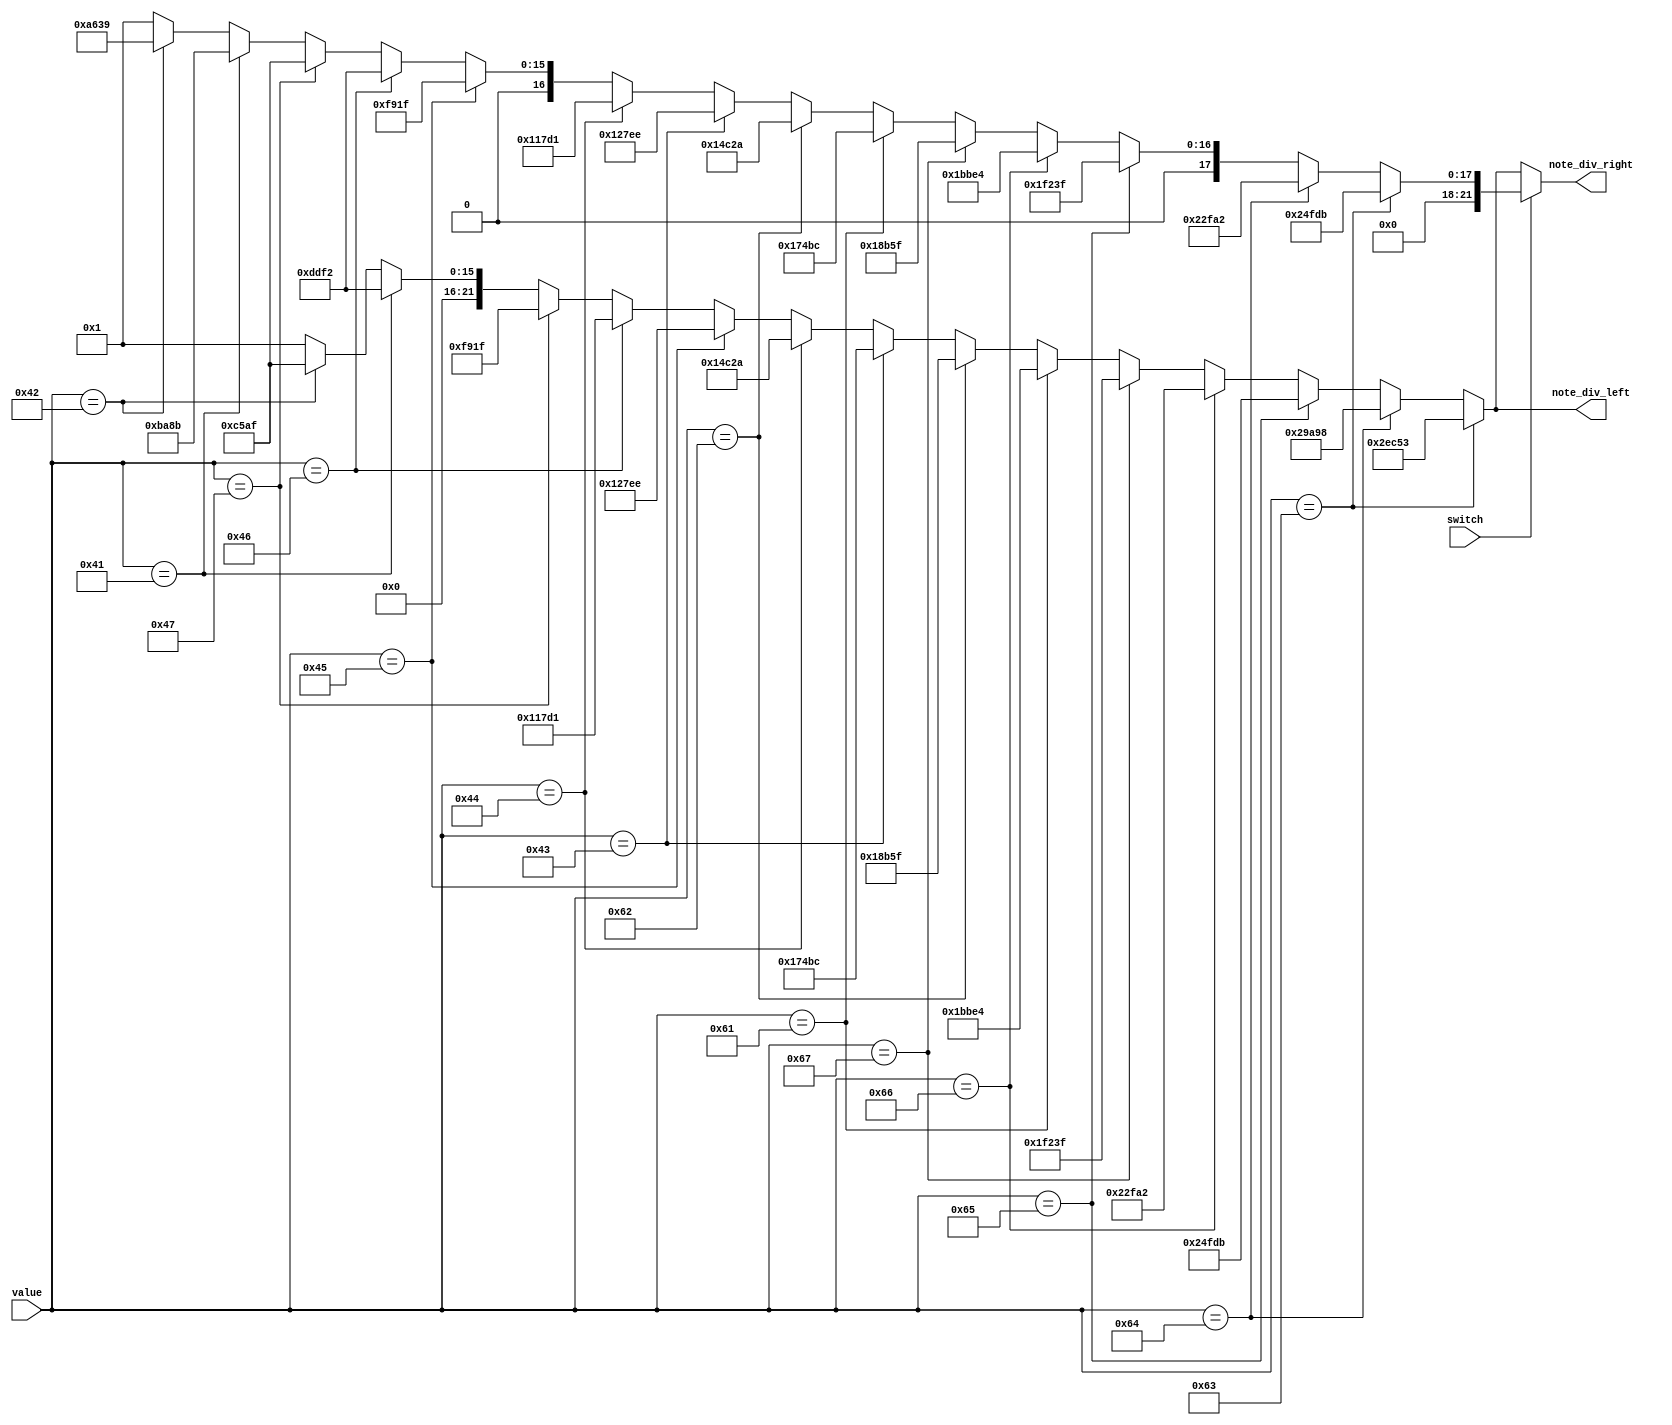
module MUX_for_speaker(
    note_div_right,
    note_div_left,
    switch,
    value
);
output [21:0] note_div_right, note_div_left;
input switch;
input [6:0] value;
reg [21:0] note_div_right, note_div_left;


always @*
    if (switch == 1'b0) begin
        if (value == 7'd99) begin
            note_div_left = 22'd191571;  //Mid Do
            note_div_right = 22'd191571; 
        end
        else if (value == 7'd100) begin
            note_div_left = 22'd170648;  //Mid Re
            note_div_right = 22'd170648;
        end
        else if (value == 7'd101) begin
            note_div_left = 22'd151515;  //Mid Mi
            note_div_right = 22'd151515;
        end
        else if (value == 7'd102) begin
            note_div_left = 22'd143266;  //Mid Fa
            note_div_right = 22'd143266;
        end
        else if (value == 7'd103) begin
            note_div_left = 22'd127551;  //Mid So
            note_div_right = 22'd127551;
        end
        else if (value == 7'd97) begin
            note_div_left = 22'd113636;  //Mid La
            note_div_right = 22'd113636; 
        end
        else if (value == 7'd98) begin
            note_div_left = 22'd101215;  //Mid Si
            note_div_right = 22'd101215;
        end
        else if (value == 7'd67) begin
            note_div_left = 22'd95420;   //High Do
            note_div_right = 22'd95420;
        end
        else if (value == 7'd68) begin
            note_div_left = 22'd85034;   //High Re
            note_div_right = 22'd85034;
        end
        else if (value == 7'd69) begin
            note_div_left = 22'd75758;   //High Mi
            note_div_right = 22'd75758;
        end
        else if (value == 7'd70) begin
            note_div_left = 22'd71633;   //High Fa
            note_div_right = 22'd71633;
        end
        else if (value == 7'd71) begin
            note_div_left = 22'd63775;   //High So
            note_div_right = 22'd63775;
        end
        else if (value == 7'd65) begin
            note_div_left = 22'd56818;   //High La
            note_div_right = 22'd56818;
        end
        else if (value == 7'd66) begin
            note_div_left = 22'd50607;   //High Si
            note_div_right = 22'd50607; 
        end
     else begin
        note_div_left = 22'd1;
        note_div_right = 22'd1;
     end
    end
    else    //switch = 1 is on
    begin
        if (value == 7'd99) begin
            note_div_left = 22'd191571;  //Mid Do
            note_div_right = 22'd151515; 
        end
        else if (value == 7'd100) begin
            note_div_left = 22'd170648;  //Mid Re
            note_div_right = 22'd143266;
        end
        else if (value == 7'd101) begin
            note_div_left = 22'd151515;  //Mid Mi
            note_div_right = 22'd127551;
        end
        else if (value == 7'd102) begin
            note_div_left = 22'd143266;  //Mid Fa
            note_div_right = 22'd113636; 
        end
        else if (value == 7'd103) begin
            note_div_left = 22'd127551;  //Mid So
            note_div_right = 22'd101215;
        end
        else if (value == 7'd97) begin
            note_div_left = 22'd113636;  //Mid La
            note_div_right = 22'd95420; 
        end
        else if (value == 7'd98) begin
            note_div_left = 22'd101215;  //Mid Si
            note_div_right = 22'd85034;
        end
        else if (value == 7'd67) begin
            note_div_left = 22'd95420;   //High Do
            note_div_right = 22'd75758;
        end
        else if (value == 7'd68) begin
            note_div_left = 22'd85034;   //High Re
            note_div_right = 22'd71633;
        end
        else if (value == 7'd69) begin
            note_div_left = 22'd75758;   //High Mi
            note_div_right = 22'd63775;
        end
        else if (value == 7'd70) begin
            note_div_left = 22'd71633;   //High Fa
            note_div_right = 22'd56818;
        end
        else if (value == 7'd71) begin
            note_div_left = 22'd63775;   //High So
            note_div_right = 22'd50607; 
        end
        else if (value == 7'd65) begin
            note_div_left = 22'd56818;   //High La
            note_div_right = 22'd47755;
        end
        else if (value == 7'd66) begin
            note_div_left = 22'd50607;   //High Si
            note_div_right = 22'd42553; 
        end
        else begin
            note_div_left = 22'd1;
            note_div_right = 22'd1;
        end
   end
        
 endmodule